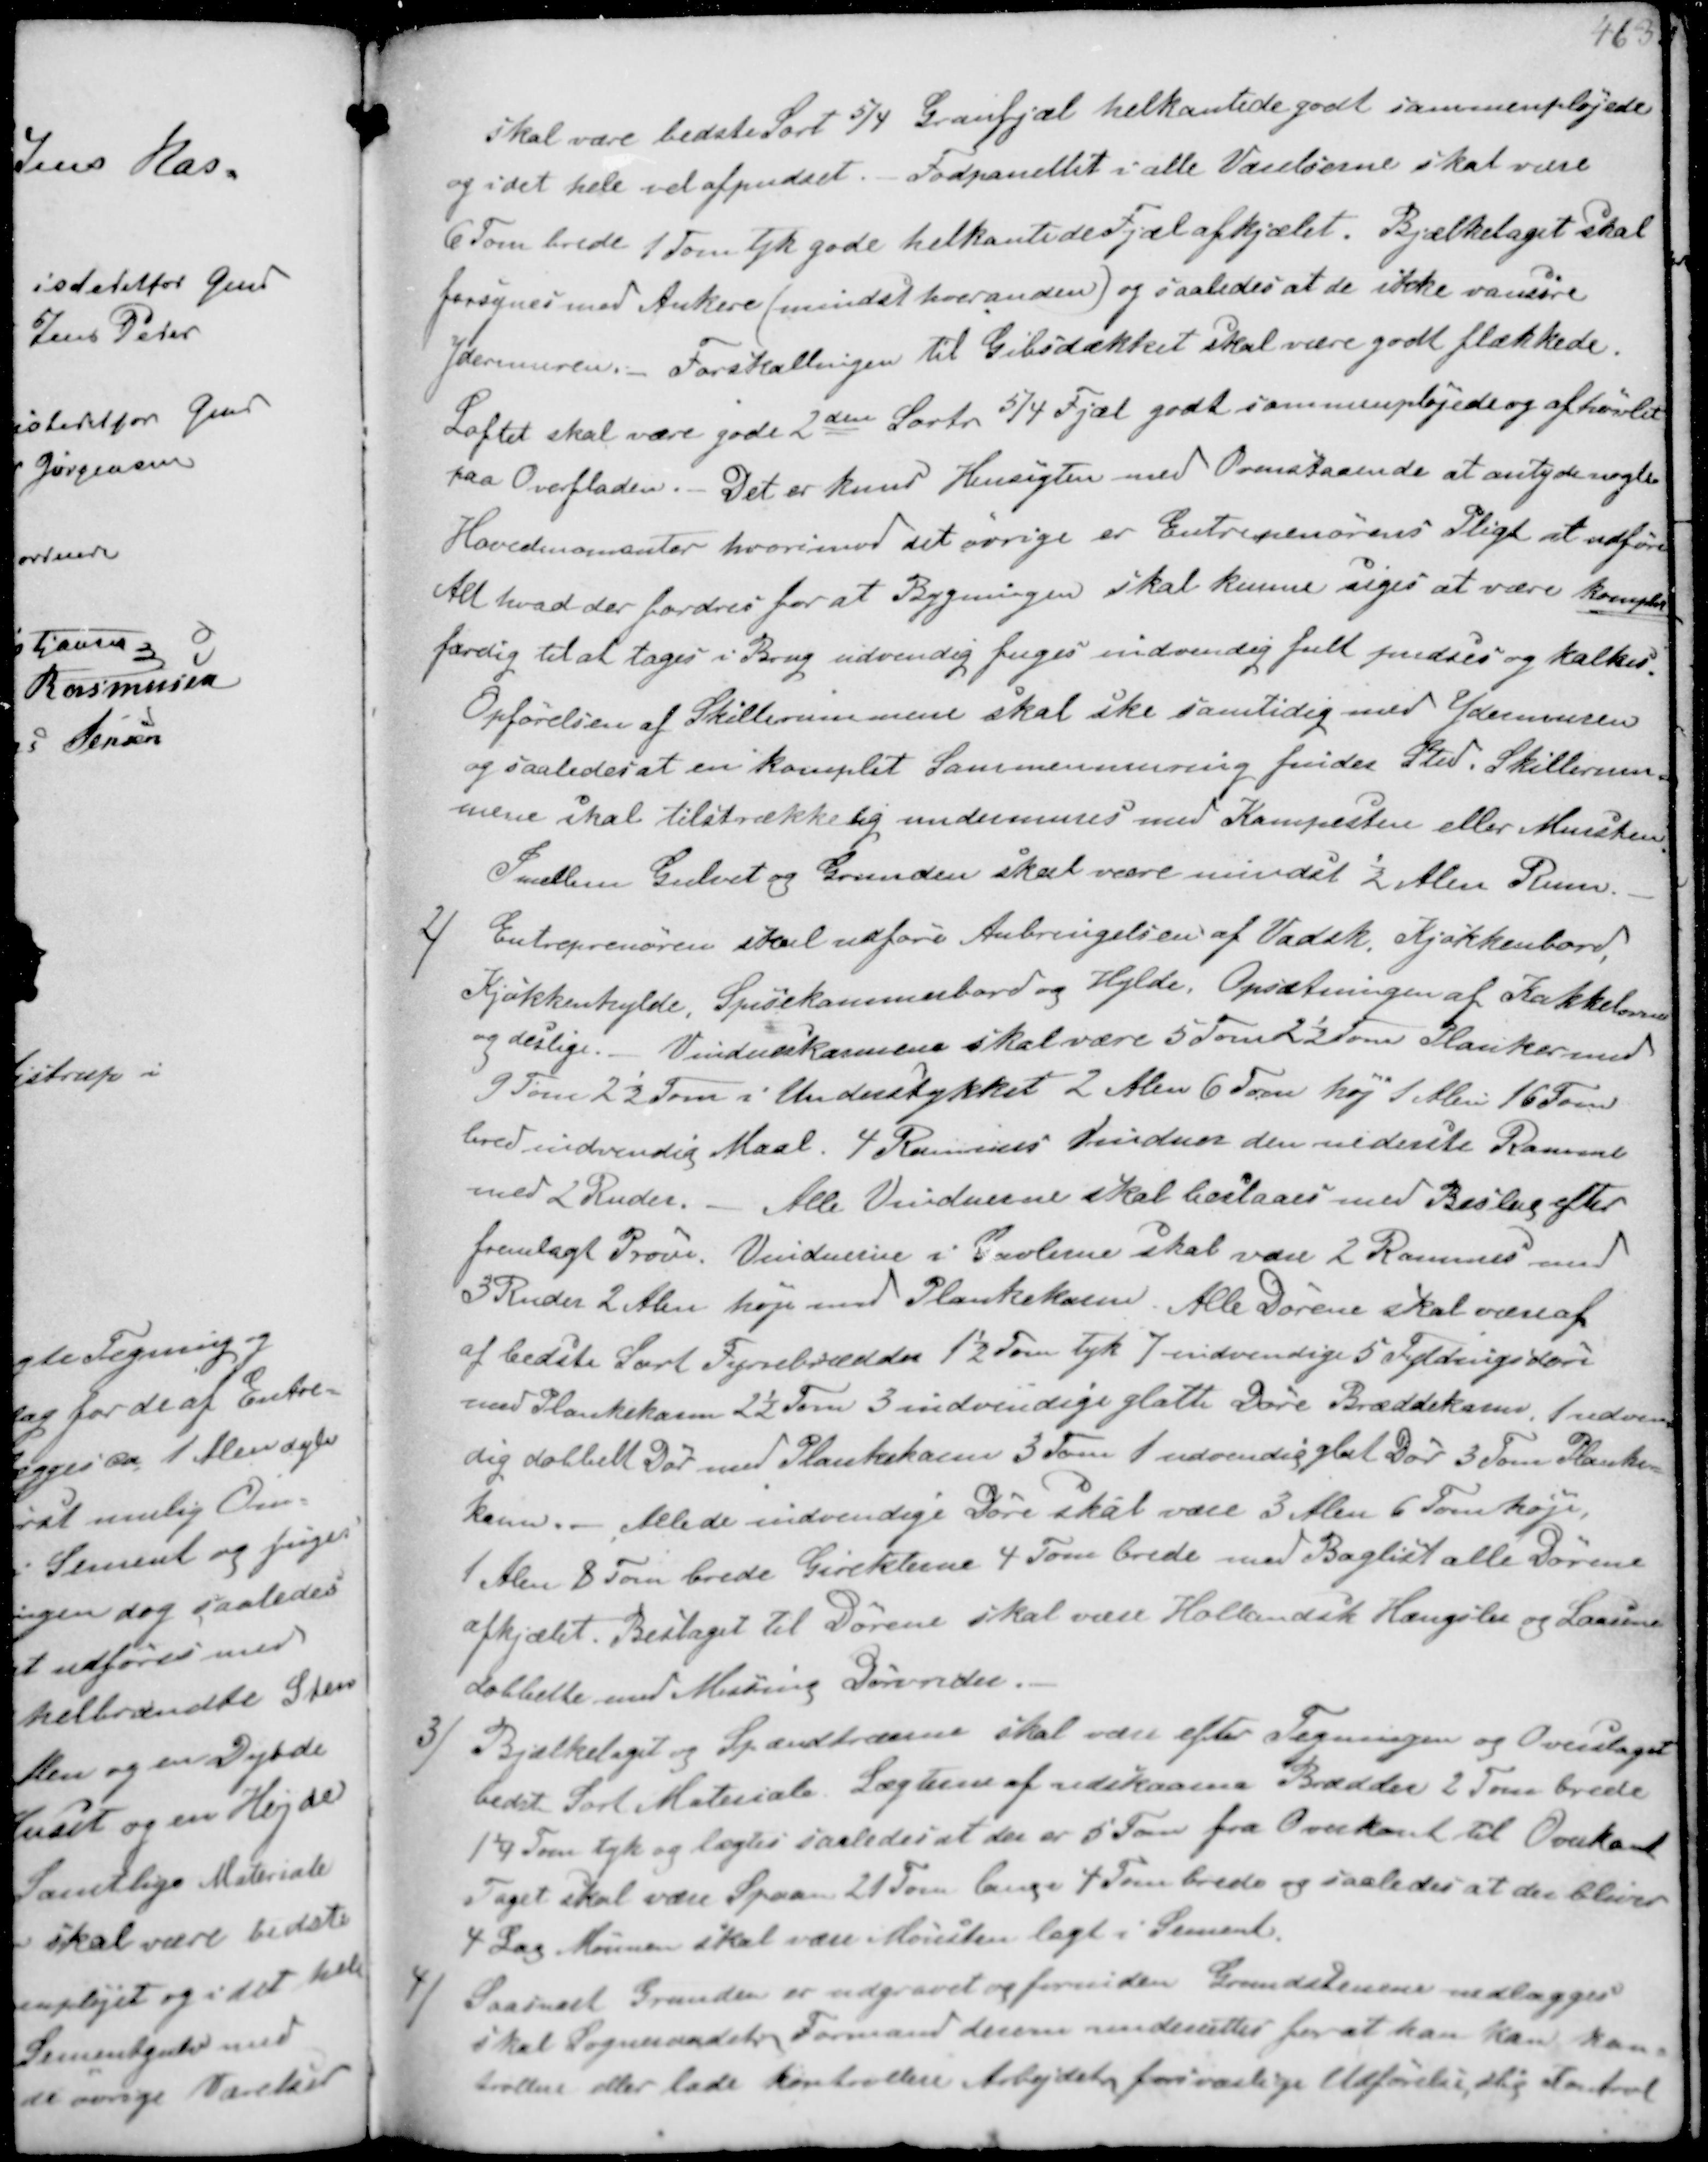
Transskription:
skal være bedste Sort 5/4 Granfjæl helkantede godt sammenpløjede
og i det hele vel afpudset. Fodpanellet i alle Værelserne skal være
6 Tom brede 1 Tom tyk gode helkantede Fjæl afkjælet. Bjælkelaget skal
forsynes med Ankere (mindst hveranden) og saaledes at de ikke vanure
Ydermuren.- Forskallingen til Gibsdækket skal være godt flækkede.
Loftet skal være gode 2den Sortr 5/4 Fjæl godt sammenpløjede og afhøvlet
paa Overfladen. Det er kund Hensigten med Ovenstaaende at antyde nogle
Hovedmomenter hvorimod det øvrige er Entreprenørens Pligt at udføre
Alt hvad der fordres for at Bygningen skal kunne siges at være komplet
færdig til at tages i Brug udvendig fuges indvendig fult pudsed og kalked
Opførelsen af Skillerummene skal ske samtidig med Ydermuren
og saaledes at en komplet Sammenmuring finder Sted. Skillerum-
mene skal tilstrækkelig undermures med kampesten eller Munkesten
Imellem Gulvet og Grunden skal være mindst ½ Alen Rum

2/
Entrepremøren stael udføre Anbringelsen af Vadsk, Kjøkkenbord
Kjøkkenhylde, Spisekammerbord og Hylde. Opsætningen af Kakkelovn
og deslige. - Vinduesskarmene skal være 5 Tom 2½ Tom Planker med
9 Tom 2½ Tom i Understykket 2 Alen 6 Tom høj 1 Alen 16 Tom
bred indvendig Maal. 4 Rammer Vinduer den nedente Ramme
med 2 Ruder.- Alle Viduerne skal beslaaes med Beslug efter
fremlagt Prøve. Vinduerne i Gavlene skal være 2 Rammer med
3 Ruder 2 Alen høje med Plankekassen. Alle Dørene skal være af
af bedste Sort Fyrrebrædder 1½ Tom tyk 1 indvendige 5 syldingsdøre
med Plankekassen 2½ dom 3 indvendige glatte Døre Bræddekasser, udvig
dig dobbelt Dør med Plankekassen 3 Tom 1 udvendig glat Dør 3 Tom Planke-
karm.- Alle de indvendige Døre skal være 3 Alen 6 Tom høje,
1 Alen 8 Tom brede Girekterne 4 Tom brede med Baglist alle Dørene
afkjælet Beslaget til Dørene skal være Hollandsk Hængslet og Laasene
dobbelte med Messing Dørvrider

3/
Bjælkelagt og Spændtræerne skal være efter Tegningen og Overslaget
bedst Sort Materiale Lægterne af udskaarne Brædder 2 Tom brede
1¼ Tom tyk og lægtes saaledes at der er 5 Tom fra Overkant til Overkant
Taget skal være Spaan 21 Tom lange 4 Tom brede og saaledes at der blive
4 Lag Muren skal være Mursten lagt i Sement.

4/
Saasnart Grunden er udgravet og forneden Grundstenene nedlægges
skal Sogneraadets Formand derom underrettes for at han han kon-
trollere eller lade kontrollere Arbejdets forvarlige Udførelse slig Kontrol